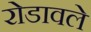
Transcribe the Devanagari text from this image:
रोडावले